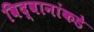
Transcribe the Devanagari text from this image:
विद्वानांकडे